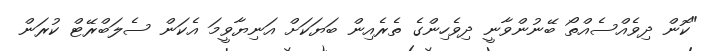
"ކޮން ދިވެއްސެއްތޯ ބޭނުންވާނީ ދިވެހިންގެ ތެރެއިން ބަޔަކަށް އަނިޔާވީމަ އެކަން ސެލަބްރޭޓް ކުރަން